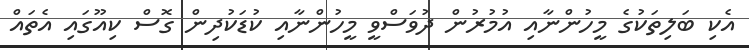
އެކި ބަލިތަކުގެ މީހުންނާއި އުމުރުން ދުވަސްވީ މީހުންނާއި ކުޑަކުދިން ގޮސް ކިއޫގައި އެތައް